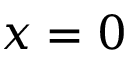
x = 0